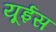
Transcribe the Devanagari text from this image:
यूईस